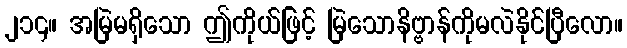
၂၁၄။ အမြဲမရှိသော ဤကိုယ်ဖြင့် မြဲသောနိဗ္ဗာန်ကိုမလဲနိုင်ပြီလော။